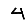
Digit: 4